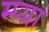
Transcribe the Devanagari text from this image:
म्प्या